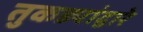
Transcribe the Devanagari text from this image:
तुकड्यांद्वारे